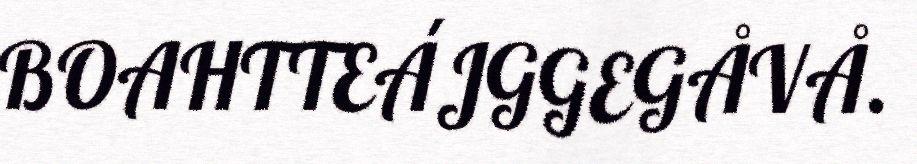
BOAHTTEÁJGGEGÅVÅ.